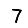
Digit: 7